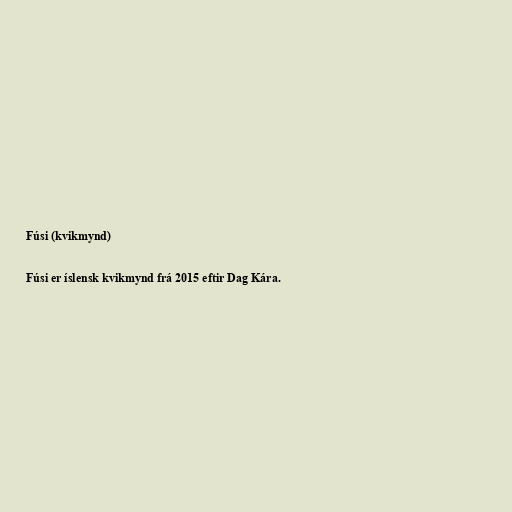
Fúsi (kvikmynd)

Fúsi er íslensk kvikmynd frá 2015 eftir Dag Kára.